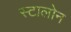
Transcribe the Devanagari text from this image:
स्टालोन